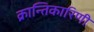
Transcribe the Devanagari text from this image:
क्रान्तिकारिणी